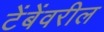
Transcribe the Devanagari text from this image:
टेंबेंवरील